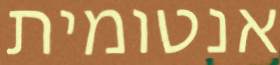
אנטומית